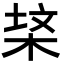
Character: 𭪃